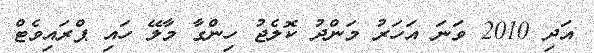
އަދި 2010 ވަނަ އަހަރު މަންދު ކޮލެޖު ހިންގާ މާލޭ ހައި ޕްރައިވެޓް